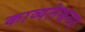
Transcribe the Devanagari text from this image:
काव्यलेखनात